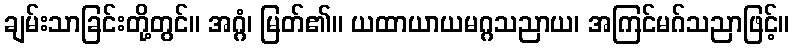
ချမ်းသာခြင်းတို့တွင်။ အဂ္ဂံ၊ မြတ်၏။ ယထာယာယမဂ္ဂသညာယ၊ အကြင်မဂ်သညာဖြင့်။